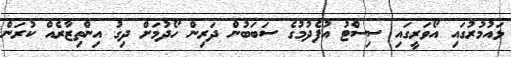
ޅައުމުރުގައި އޯވަރީގައި ސިސްޓު އުފެދުމުގެ ސަބަބުން ދަރިން ހޯދުމަށް ދިގު އިންތިޒާރެއް ކުރަން